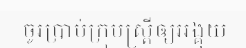
ចូរប្រាប់ក្រុមស្ត្រីឲ្យអង្គុយ